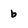
Character: b